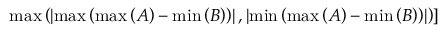
\left. \operatorname* { m a x } \left( \left| \operatorname* { m a x } \left( \operatorname* { m a x } \left( A \right) - \operatorname* { m i n } \left( B \right) \right) \right| , \left| \operatorname* { m i n } \left( \operatorname* { m a x } \left( A \right) - \operatorname* { m i n } \left( B \right) \right) \right| \right) \right]